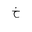
Letter: _kha